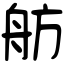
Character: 舫